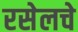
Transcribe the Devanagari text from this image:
रसेलचे